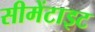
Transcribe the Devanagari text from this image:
सीमेंटाइट